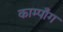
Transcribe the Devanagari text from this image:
काम्पाँग